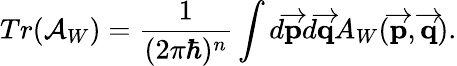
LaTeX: Tr(\mathcal{A}_{W})={\frac{1}{(2\pi\hbar)^{n}}}\int d\overrightarrow{{\mathbf p}}d\overrightarrow{{\mathbf q}}A_{W}(\overrightarrow{{\mathbf p}},\overrightarrow{{\mathbf q}}).